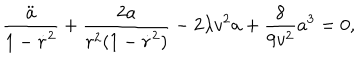
\frac { \ddot { a } } { 1 - \dot { r } ^ { 2 } } + \frac { 2 a } { r ^ { 2 } ( 1 - \dot { r } ^ { 2 } ) } - 2 \lambda v ^ { 2 } a + \frac { 8 } { 9 v ^ { 2 } } a ^ { 3 } = 0 ,